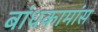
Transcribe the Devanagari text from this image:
बांधकामांस